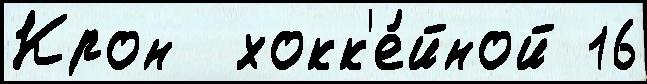
Крон  хокк'е́йной 16